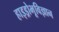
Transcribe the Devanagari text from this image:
हाइड्रोभूविज्ञान